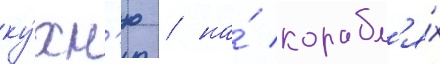
ку́хн'ю / на́ корабл'я́х